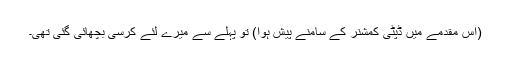
(اس مقدمے میں ڈپٹی کمشنر کے سامنے پیش ہوا) تو پہلے سے میرے لئے کرسی بچھائی گئی تھی۔